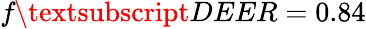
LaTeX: \textit{f}\textsubscript{DEER}=0.84